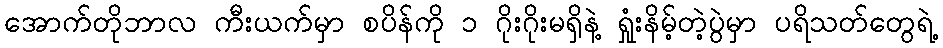
အောက်တိုဘာလ ကီးယက်မှာ စပိန်ကို ၁ ဂိုးဂိုးမရှိနဲ့ ရှုံးနိမ့်တဲ့ပွဲမှာ ပရိသတ်တွေရဲ့